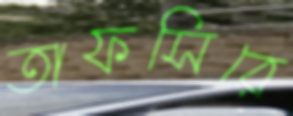
তাফসিরে